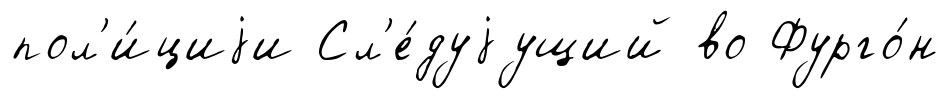
пол'и́циjи Сл'е́дуjущий во Фурго́н